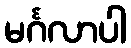
မင်္ဂလာပါ